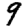
Digit: 9